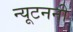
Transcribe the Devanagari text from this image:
न्यूटननी